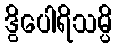
ဒွိပေါရိသမ္ပိ